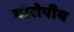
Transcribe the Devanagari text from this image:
योरोपीय